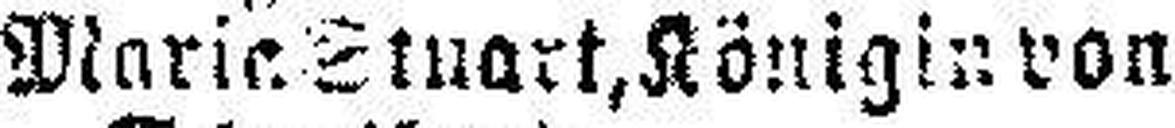
Marie ###nart, Königin von